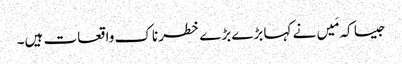
جیسا کہ مَیں نے کہا بڑے بڑے خطرناک واقعات ہیں۔